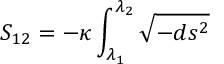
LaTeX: S _ { 1 2 } = - \kappa \int _ { \lambda _ { 1 } } ^ { \lambda _ { 2 } } \sqrt { - d s ^ { 2 } }